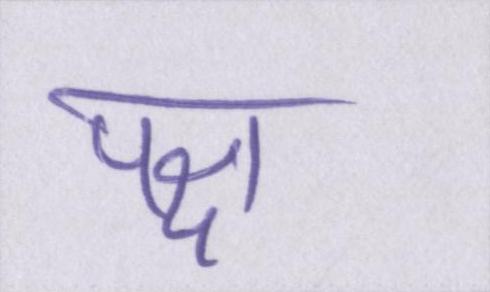
पक्ष